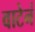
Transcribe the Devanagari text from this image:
वाटेनं